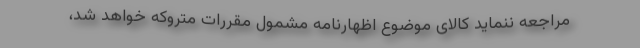
مراجعه ننماید کالای موضوع اظهارنامه مشمول مقررات متروکه خواهد شد،